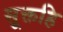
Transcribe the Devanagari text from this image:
सूक्तहि